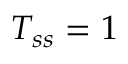
T _ { s s } = 1